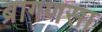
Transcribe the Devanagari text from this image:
ब्रागणसा